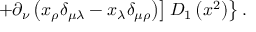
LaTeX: \left. \left. + \partial _ { \nu } \left( x _ { \rho } \delta _ { \mu \lambda } - x _ { \lambda } \delta _ { \mu \rho } \right) \right] D _ { 1 } \left( x ^ { 2 } \right) \right\} .